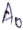
Text: A0